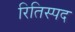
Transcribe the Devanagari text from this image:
रितिस्पद